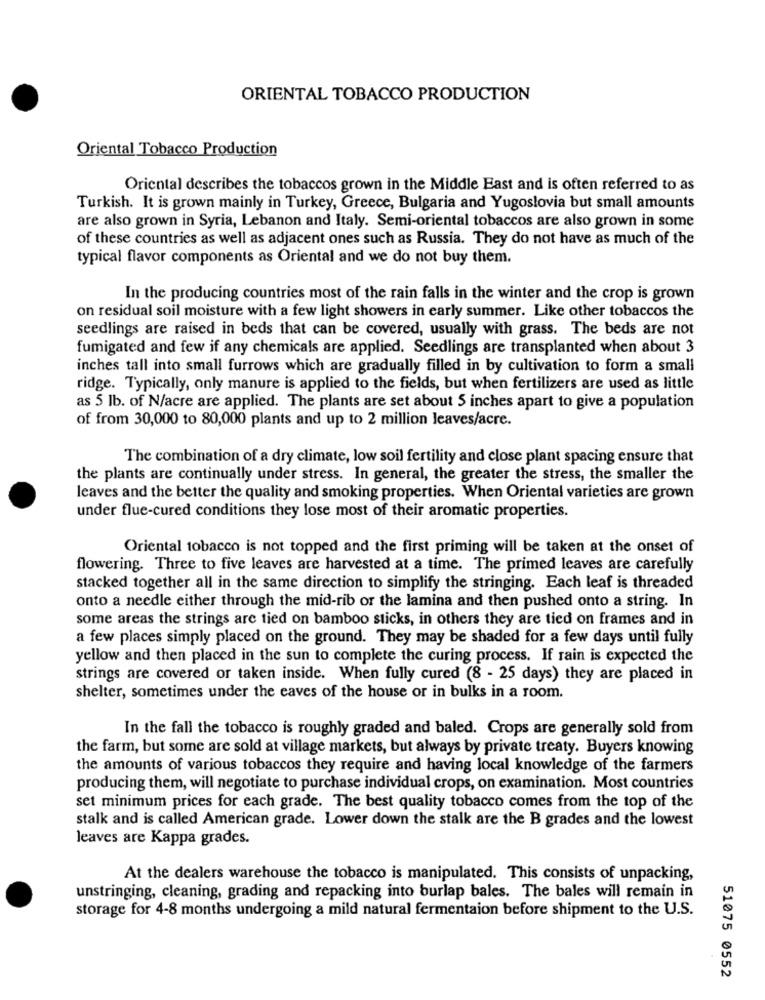
ORIENTAL TOBACCO PRODUCTION
Oriental Tobacco Production
Oriental describes the tobaccos grown in the Middle East and is often referred to as
Turkish. It is grown mainly in Turkey, Greece, Bulgaria and Yugoslovia but small amounts
are also grown in Syria, Lebanon and Italy. Semi-oriental tobaccos are also grown in some
of these countries as well as adjacent ones such as Russia. They do not have as much of the
typical flavor components as Oriental and we do not buy them.
In the producing countries most of the rain falls in the winter and the crop is grown
on residual soil moisture with a few light showers in early summer. Like other tobaccos the
seedlings are raised in beds that can be covered, usually with grass. The beds are not
fumigated and few if any chemicals are applied. Seedlings are transplanted when about 3
inches tall into small furrows which are gradually filled in by cultivation to form a small
ridge. Typically, only manure is applied to the fields, but when fertilizers are used as little
as 5 lb. of N/acre are applied. The plants are set about 5 inches apart to give a population
of from 30,000 to 80,000 plants and up to 2 million leaves/acre.
The combination of a dry climate, low soil fertility and close plant spacing ensure that
the plants are continually under stress. In general, the greater the stress, the smaller the
leaves and the better the quality and smoking properties. When Oriental varieties are grown
under flue-cured conditions they lose most of their aromatic properties.
Oriental tobacco is not topped and the first priming will be taken at the onset of
flowering. Three to five leaves are harvested at a time. The primed leaves are carefully
stacked together all in the same direction to simplify the stringing. Each leaf is threaded
onto a needle either through the mid-rib or the lamina and then pushed onto a string. In
some areas the strings are tied on bamboo sticks, in others they are tied on frames and in
a few places simply placed on the ground. They may be shaded for a few days until fully
yellow and then placed in the sun to complete the curing process. If rain is expected the
strings are covered or taken inside. When fully cured (8 - 25 days) they are placed in
shelter, sometimes under the caves of the house or in bulks in a room.
In the fall the tobacco is roughly graded and baled. Crops are generally sold from
the farm, but some are sold at village markets, but always by private treaty. Buyers knowing
the amounts of various tobaccos they require and having local knowledge of the farmers
producing them, will negotiate to purchase individual crops, on examination. Most countries
set minimum prices for each grade. The best quality tobacco comes from the top of the
stalk and is called American grade. Lower down the stalk are the B grades and the lowest
leaves are Kappa grades.
At the dealers warehouse the tobacco is manipulated. This consists of unpacking,
unstringing, cleaning, grading and repacking into burlap bales. The bales will remain in
storage for 4-8 months undergoing a mild natural fermentaion before shipment to the U.S.
51075 0552